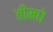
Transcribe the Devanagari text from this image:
तीमधे